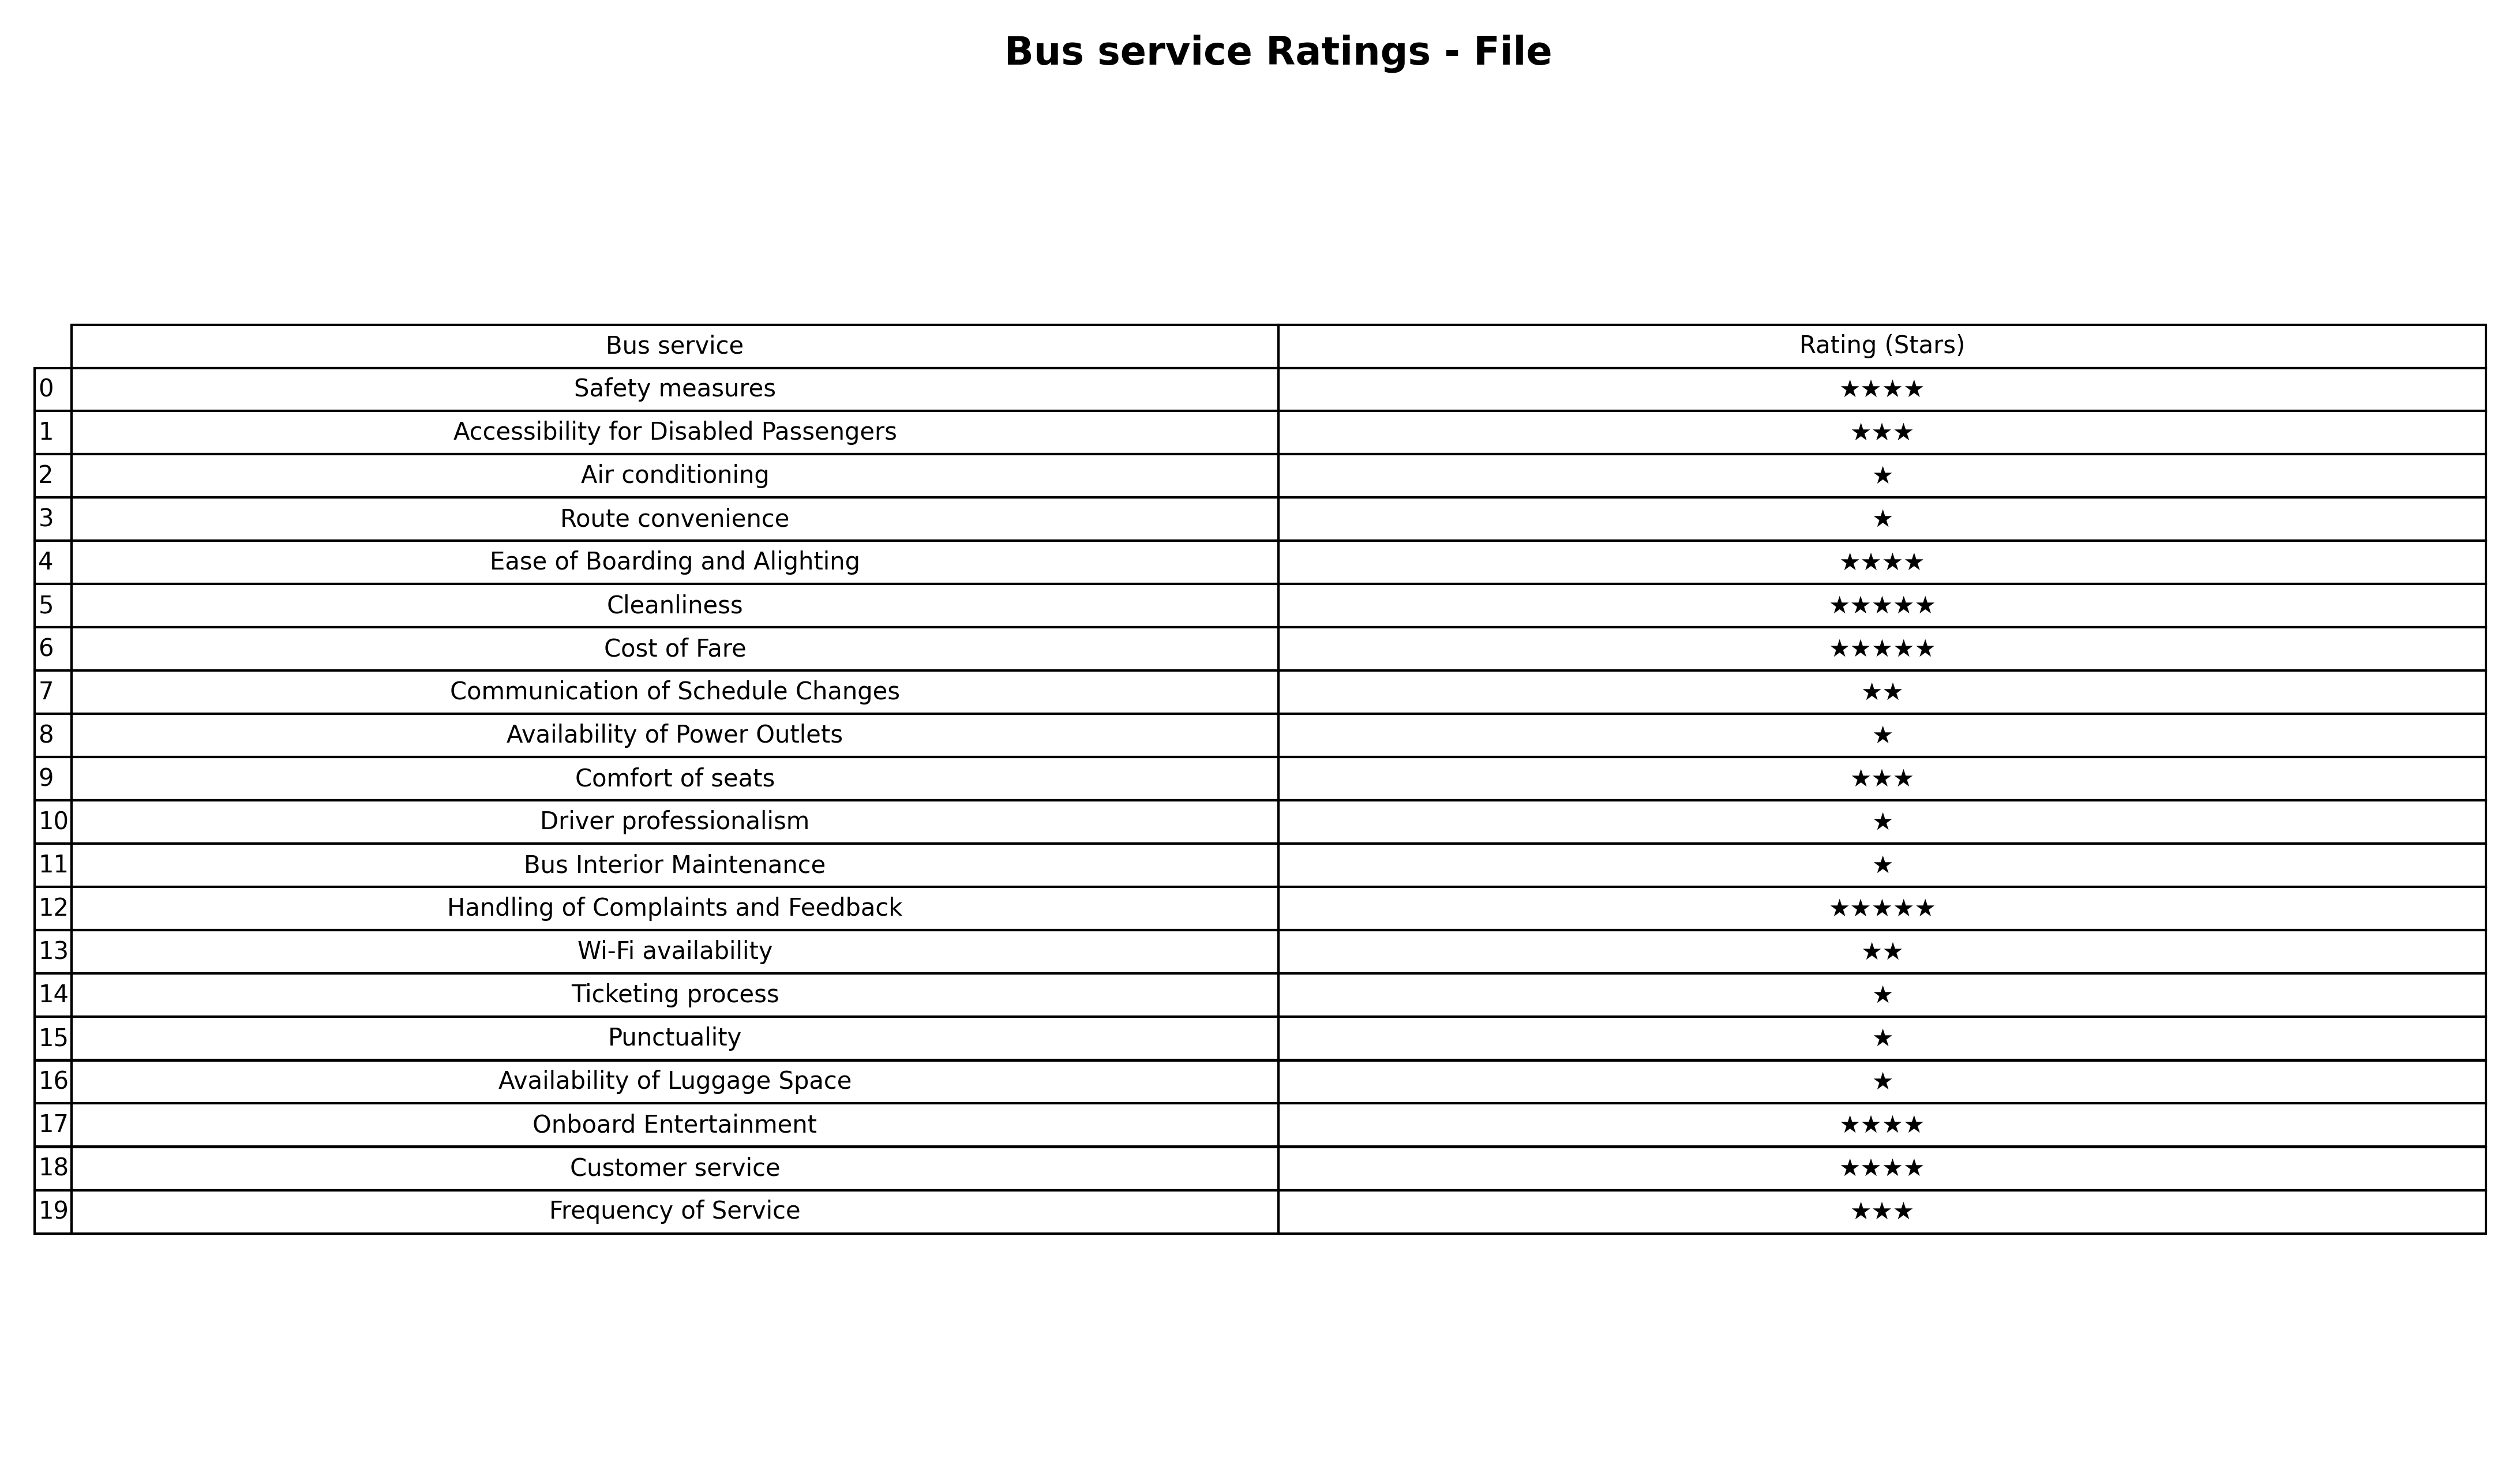
question: What are highest rating services?
answer: Air conditioningRoute convenienceAvailability of Power OutletsDriver professionalismBus Interior MaintenanceTicketing processPunctualityAvailability of Luggage Space